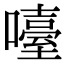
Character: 㘆